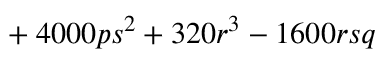
{ } + 4 0 0 0 p s ^ { 2 } + 3 2 0 r ^ { 3 } - 1 6 0 0 r s q